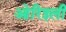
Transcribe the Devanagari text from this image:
ओरिइली